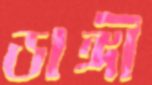
ডাঙ্গী